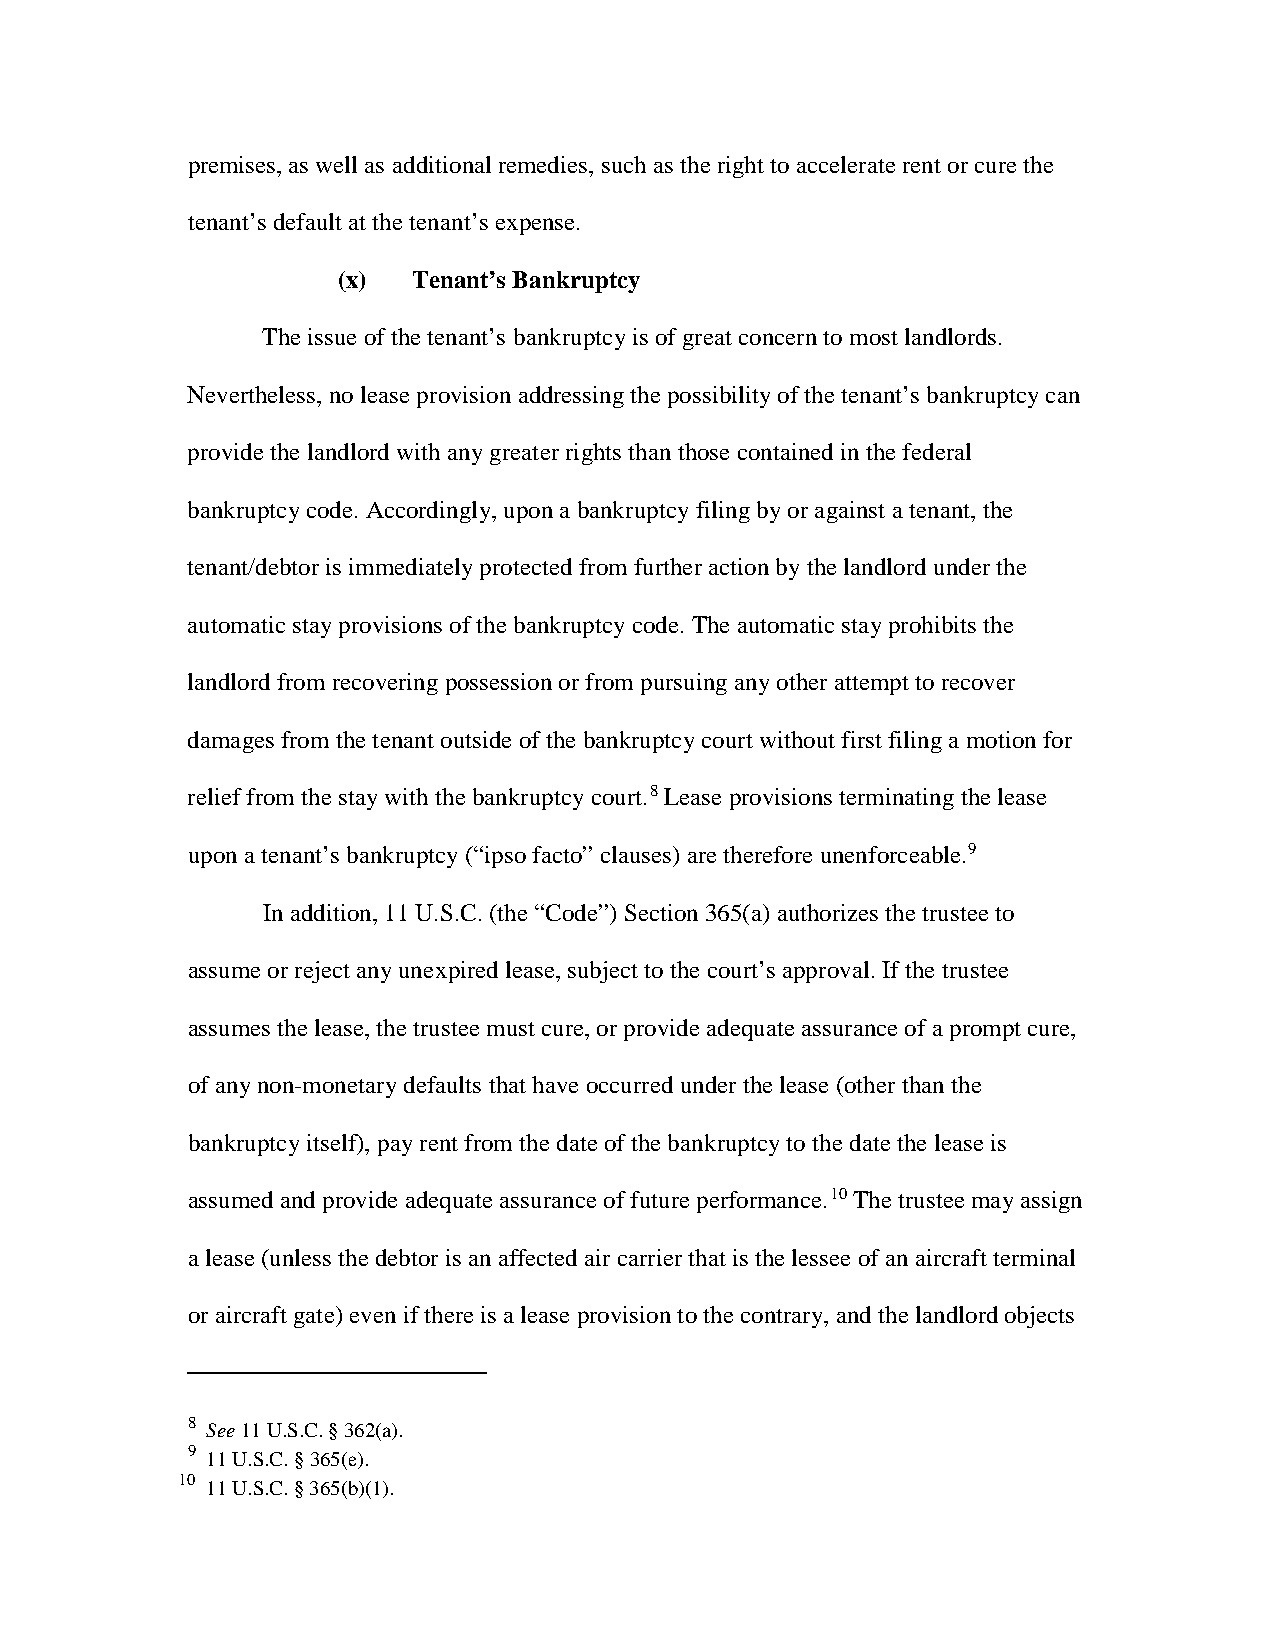
premises, as well as additional remedies, such as the right to accelerate rent or cure the
 tenant’s default at the tenant’s expense.
 (x)  Tenant’s Bankruptcy
 The issue of the tenant’s bankruptcy is of great concern to most landlords.
 Nevertheless, no lease provision addressing the possibility of the tenant’s bankruptcy can
 provide the landlord with any greater rights than those contained in the federal
 bankruptcy code. Accordingly, upon a bankruptcy filing by or against a tenant, the
 tenant/debtor is immediately protected from further action by the landlord under the
 automatic stay provisions of the bankruptcy code. The automatic stay prohibits the
 landlord from recovering possession or from pursuing any other attempt to recover
 damages from the tenant outside of the bankruptcy court without first filing a motion for
 relief from the stay with the bankruptcy court.8 Lease provisions terminating the lease
 upon a tenant’s bankruptcy (“ipso facto” clauses) are therefore unenforceable.9
 In addition, 11 U.S.C. (the “Code”) Section 365(a) authorizes the trustee to
 assume or reject any unexpired lease, subject to the court’s approval. If the trustee
 assumes the lease, the trustee must cure, or provide adequate assurance of a prompt cure,
 of any non-monetary defaults that have occurred under the lease (other than the
 bankruptcy itself), pay rent from the date of the bankruptcy to the date the lease is
 assumed and provide adequate assurance of future performance.10 The trustee may assign
 a lease (unless the debtor is an affected air carrier that is the lessee of an aircraft terminal
 or aircraft gate) even if there is a lease provision to the contrary, and the landlord objects
 8
 See 11 U.S.C. § 362(a).
 9
 11 U.S.C. § 365(e).
 10
 11 U.S.C. § 365(b)(1).